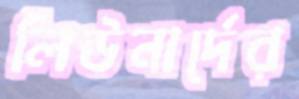
লিউনার্দের